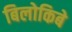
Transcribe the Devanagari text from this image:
बिलोकिबे